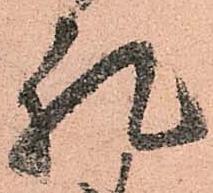
礼